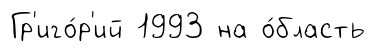
Гр'иго́р'ий 1993 на о́бласть